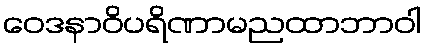
ဝေဒနာဝိပရိဏာမညထာဘာဝါ